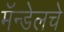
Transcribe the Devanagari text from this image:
मॅन्डेलचे